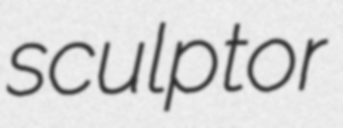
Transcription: sculptor